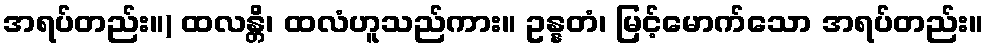
အရပ်တည်း။) ထလန္တိ၊ ထလံဟူသည်ကား။ ဥန္နတံ၊ မြင့်မောက်သော အရပ်တည်း။